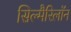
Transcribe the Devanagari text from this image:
सिल्मैरिलॉन